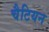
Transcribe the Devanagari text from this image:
चैटियन